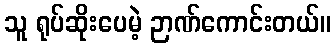
သူ ရုပ်ဆိုးပေမဲ့ ဉာဏ်ကောင်းတယ်။